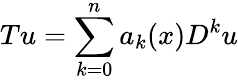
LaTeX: Tu=\sum_{k=0}^{n}a_{k}(x)D^{k}u